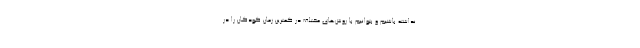
نداشته باشیم و بتوانیم با روش‌های مختلف در کمترین زمان کودکان را در